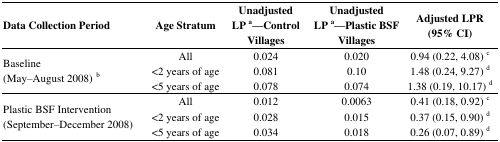
<table><thead><tr><td><b>Data Collection Period</b></td><td><b>Age Stratum</b></td><td><b>Unadjusted LP <sup>a</sup>—Control Villages</b></td><td><b>Unadjusted LP <sup>a</sup>—Plastic BSF Villages</b></td><td><b>Adjusted LPR (95% CI)</b></td></tr></thead><tbody><tr><td rowspan="3">Baseline (May–August 2008)<sup> b </sup></td><td>All</td><td>0.024</td><td>0.020</td><td>0.94 (0.22, 4.08) <sup>c</sup></td></tr><tr><td>&lt;2 years of age</td><td>0.081</td><td>0.10</td><td>1.48 (0.24, 9.27) <sup>d</sup></td></tr><tr><td>&lt;5 years of age</td><td>0.078</td><td>0.074</td><td>1.38 (0.19, 10.17) <sup>d</sup></td></tr><tr><td rowspan="3">Plastic BSF Intervention (September–December 2008)</td><td>All</td><td>0.012</td><td>0.0063</td><td>0.41 (0.18, 0.92) <sup>c</sup></td></tr><tr><td>&lt;2 years of age</td><td>0.028</td><td>0.015</td><td>0.37 (0.15, 0.90) <sup>d</sup></td></tr><tr><td>&lt;5 years of age</td><td>0.034</td><td>0.018</td><td>0.26 (0.07, 0.89) <sup>d</sup></td></tr></tbody></table>